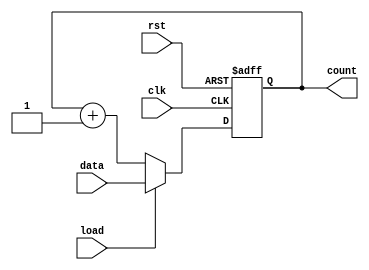
module synchronous_counter (
    input wire clk,         // Clock input
    input wire rst,         // Reset input
    input wire load,        // Load input
    input wire [3:0] data,  // Data input for loading
    output reg [3:0] count  // 4-bit output count
);

always @(posedge clk or posedge rst) begin
    if (rst) begin
        count <= 4'b0000;  // Reset the counter to 0
    end else begin
        if (load) begin
            count <= data;  // Load the counter with data input
        end else begin
            count <= count + 1;  // Increment the counter
        end
    end
end

endmodule